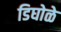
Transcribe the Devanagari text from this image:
डिघोळे